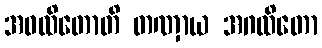
အဝထိတောတိ တဏှာယ အဂထိတော